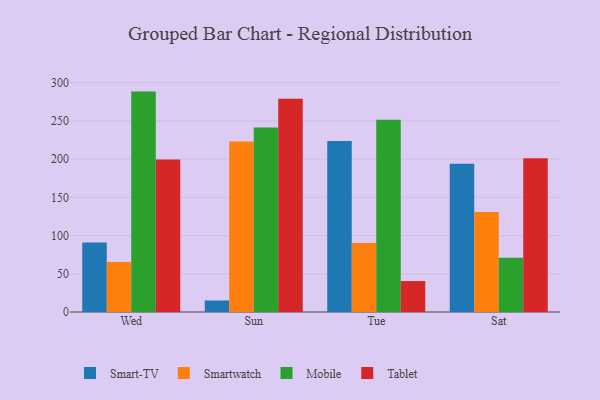
{"axis": {"x": "Day", "y": "Page Views"}, "legend": ["Mobile", "Smart-TV", "Smartwatch", "Tablet"], "data": [{"x": "Wed", "y": 90.9, "type": "Smart-TV"}, {"x": "Wed", "y": 65.4, "type": "Smartwatch"}, {"x": "Wed", "y": 288.3, "type": "Mobile"}, {"x": "Wed", "y": 199.6, "type": "Tablet"}, {"x": "Sun", "y": 15.1, "type": "Smart-TV"}, {"x": "Sun", "y": 223.0, "type": "Smartwatch"}, {"x": "Sun", "y": 241.3, "type": "Mobile"}, {"x": "Sun", "y": 278.8, "type": "Tablet"}, {"x": "Tue", "y": 223.7, "type": "Smart-TV"}, {"x": "Tue", "y": 90.2, "type": "Smartwatch"}, {"x": "Tue", "y": 251.4, "type": "Mobile"}, {"x": "Tue", "y": 40.5, "type": "Tablet"}, {"x": "Sat", "y": 194.0, "type": "Smart-TV"}, {"x": "Sat", "y": 130.7, "type": "Smartwatch"}, {"x": "Sat", "y": 70.9, "type": "Mobile"}, {"x": "Sat", "y": 201.0, "type": "Tablet"}]}